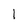
Character: I